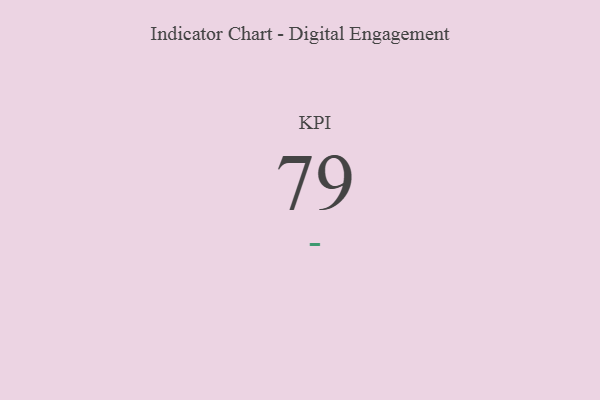
{"axis": {"x": "KPI", "y": "Value"}, "legend": [""], "data": [{"x": "KPI", "y": 79, "type": ""}]}